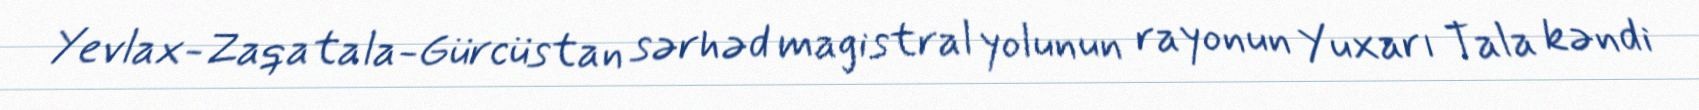
Yevlax-Zaqatala-Gürcüstan sərhəd magistral yolunun rayonun Yuxarı Tala kəndi